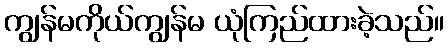
ကျွန်မကိုယ်ကျွန်မ ယုံကြည်ထားခဲ့သည်။